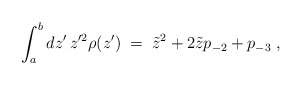
\begin{align*}\int_a^bdz'\,z'^2\rho(z')\;=\;\tilde{z}^2+2\tilde{z}p_{-2}+p_{-3}\;, \end{align*}